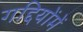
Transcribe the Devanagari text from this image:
गद्दियोंमें